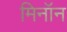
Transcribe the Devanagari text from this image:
मिनॉन